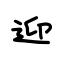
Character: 迎